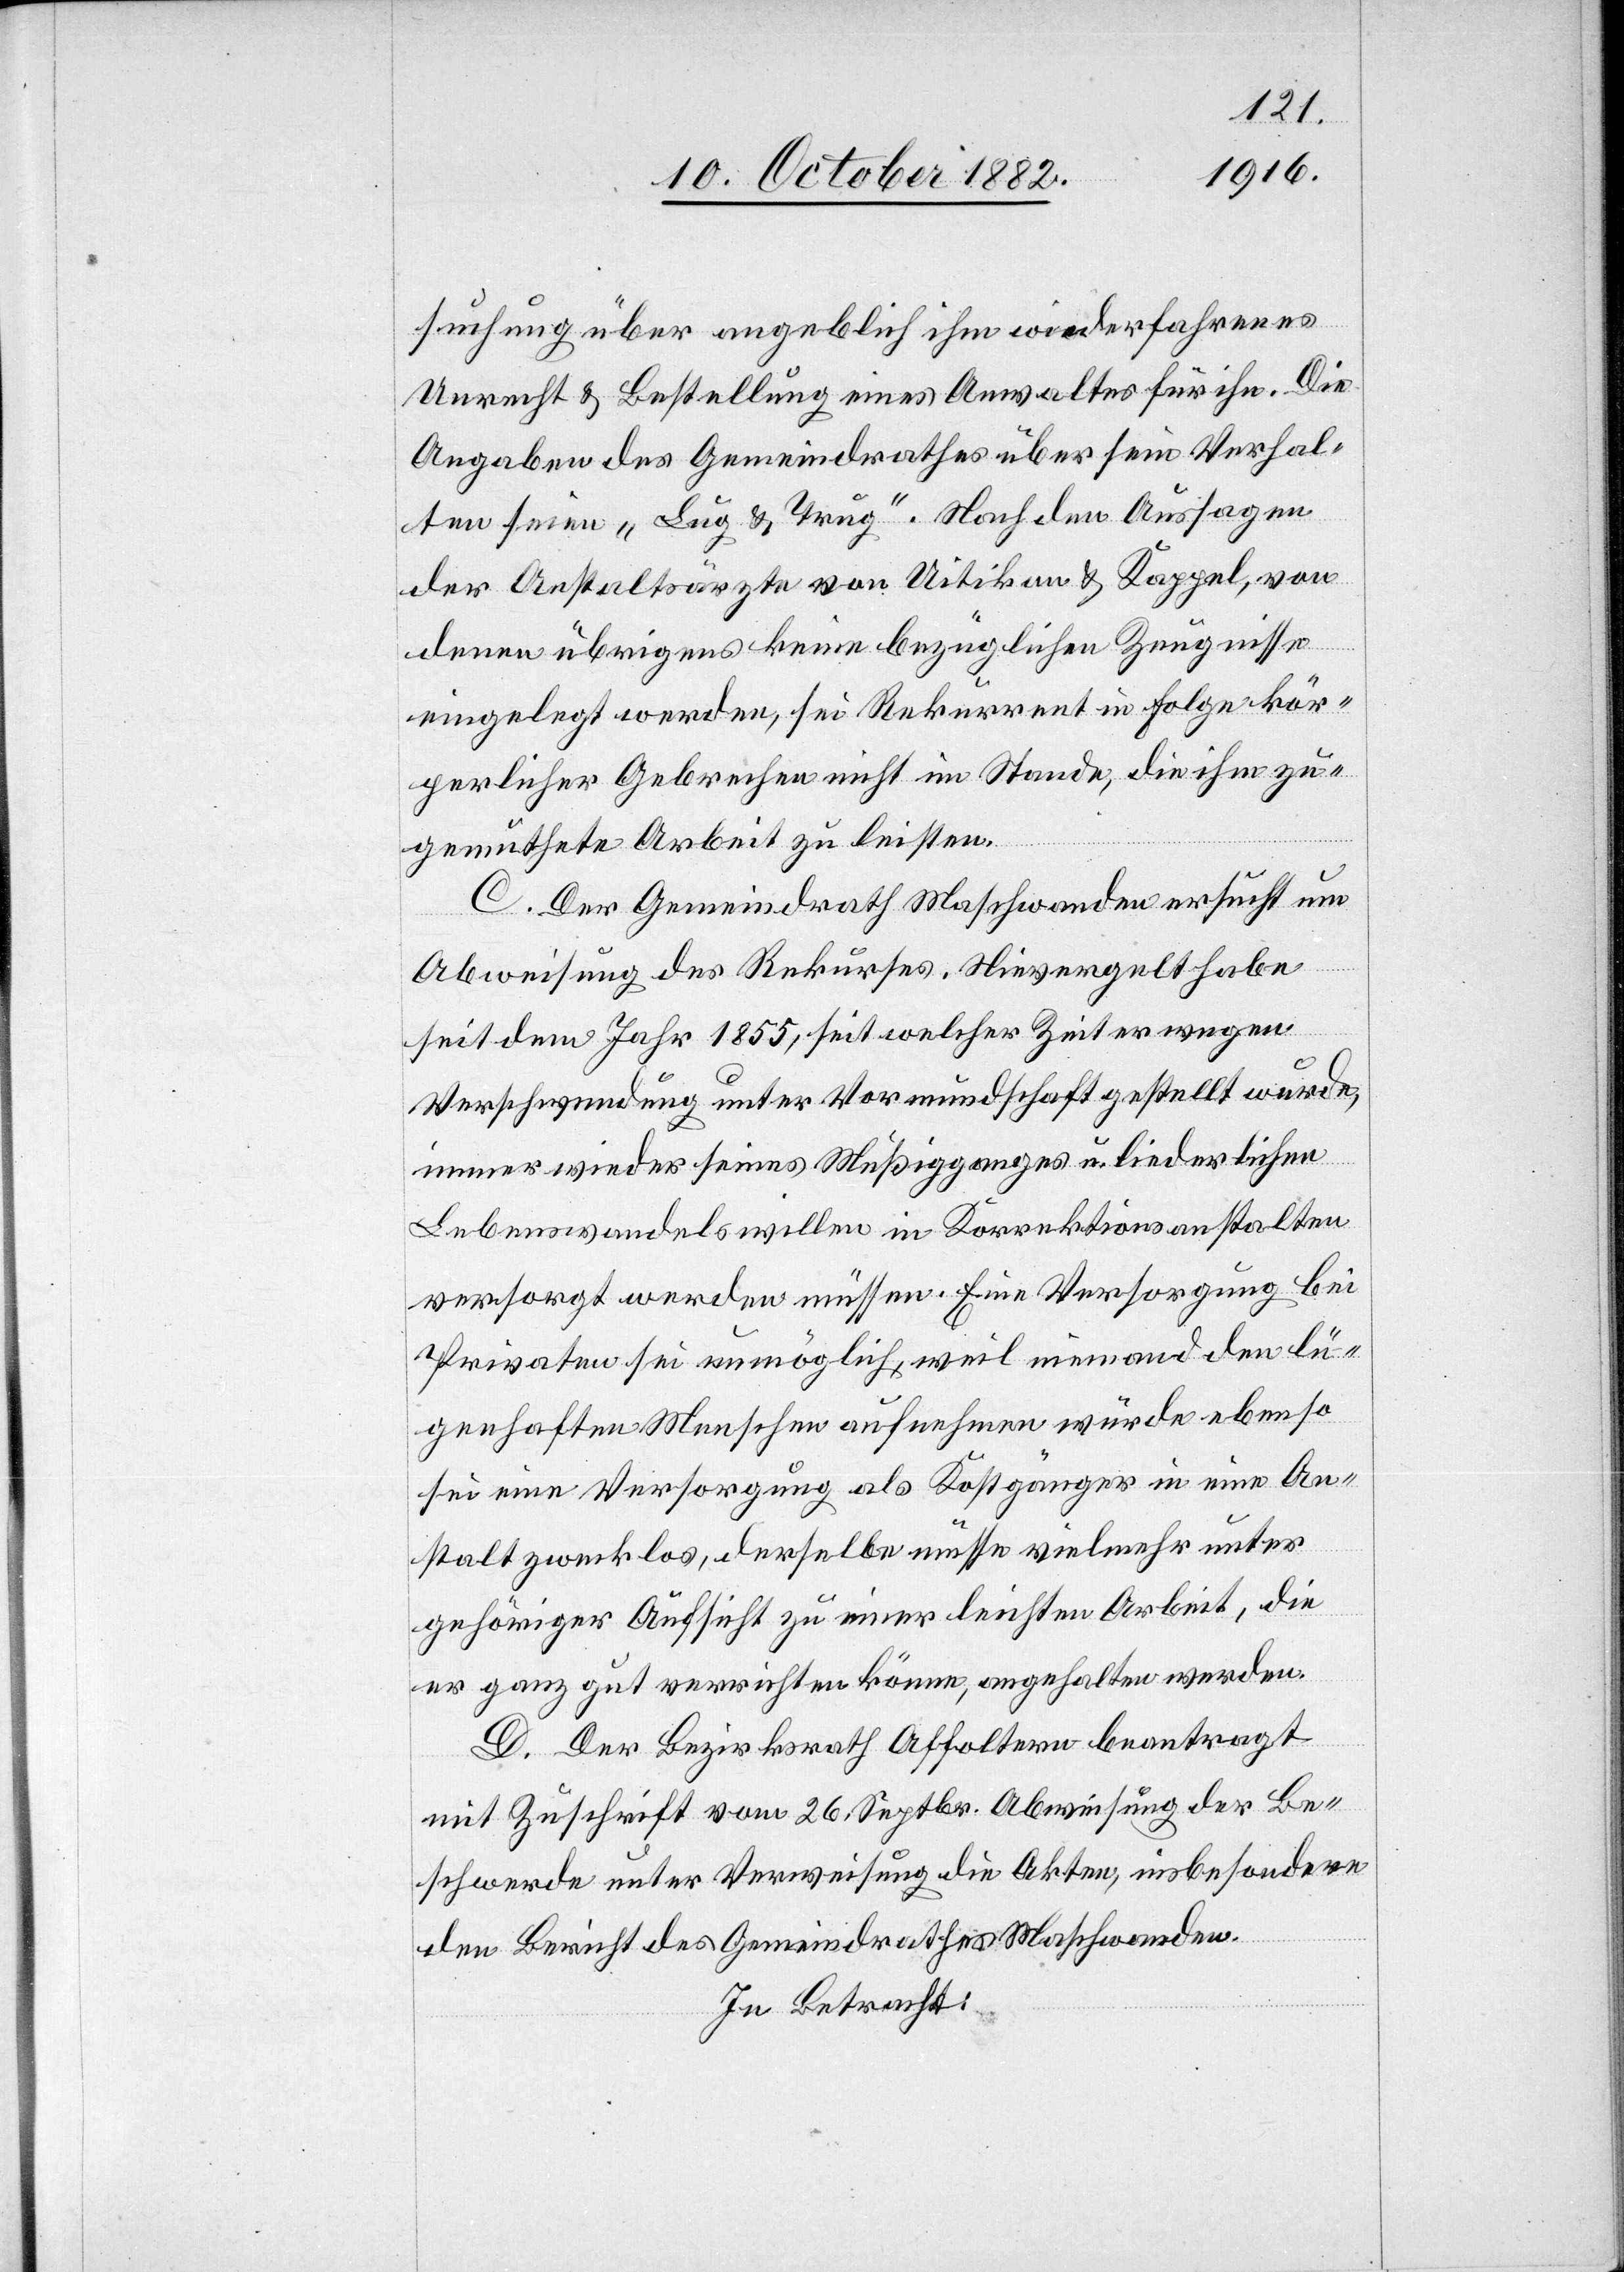
suchung über angeblich ihm wiederfahrenes
Unrecht & Bestellung eines Anwaltes für ihn. Die
Angaben des Gemeindrathes über sein Verhal¬
ten seien „Lug & Trug“. Nach den Aussagen
der Anstaltsärzte von Uitikon & Kappel, von
denen übrigens keine bezüglichen Zeugnisse
eingelegt werden, sei Rekurrent in Folge kör¬
perlicher Gebrechen nicht im Stande die ihm zu¬
gemuthete Arbeit zu leisten.
C. Der Gemeindrath Maschwanden ersucht um
Abweisung des Rekurses. Nievergelt habe
seit dem Jahr 1855, seit welcher Zeit er wegen
Verschwendung unter Vormundschaft gestellt wurde,
immer wieder seines Müßigganges u. liederlichen
Lebenswandels willen in Korrektionsanstalten
versorgt werden müssen. Eine Versorgung bei
Privaten sei unmöglich, weil niemand den lü¬
genhaften Menschen aufnehmen würde ebenso
sei eine Versorgung als Kostgänger in eine An¬
stalt zwecklos, derselbe müsse vielmehr unter
gehöriger Aufsicht zu einer leichten Arbeit, die
er ganz gut verrichten könne, angehalten werden.
D. Der Bezirksrath Affoltern beantragt
mit Zuschrift vom 26. Septbr. Abweisung der Be¬
schwerde unter Verweisung [auf] die Akten, insbesondere
den Bericht des Gemeindrathes Maschwanden.
In Betracht: